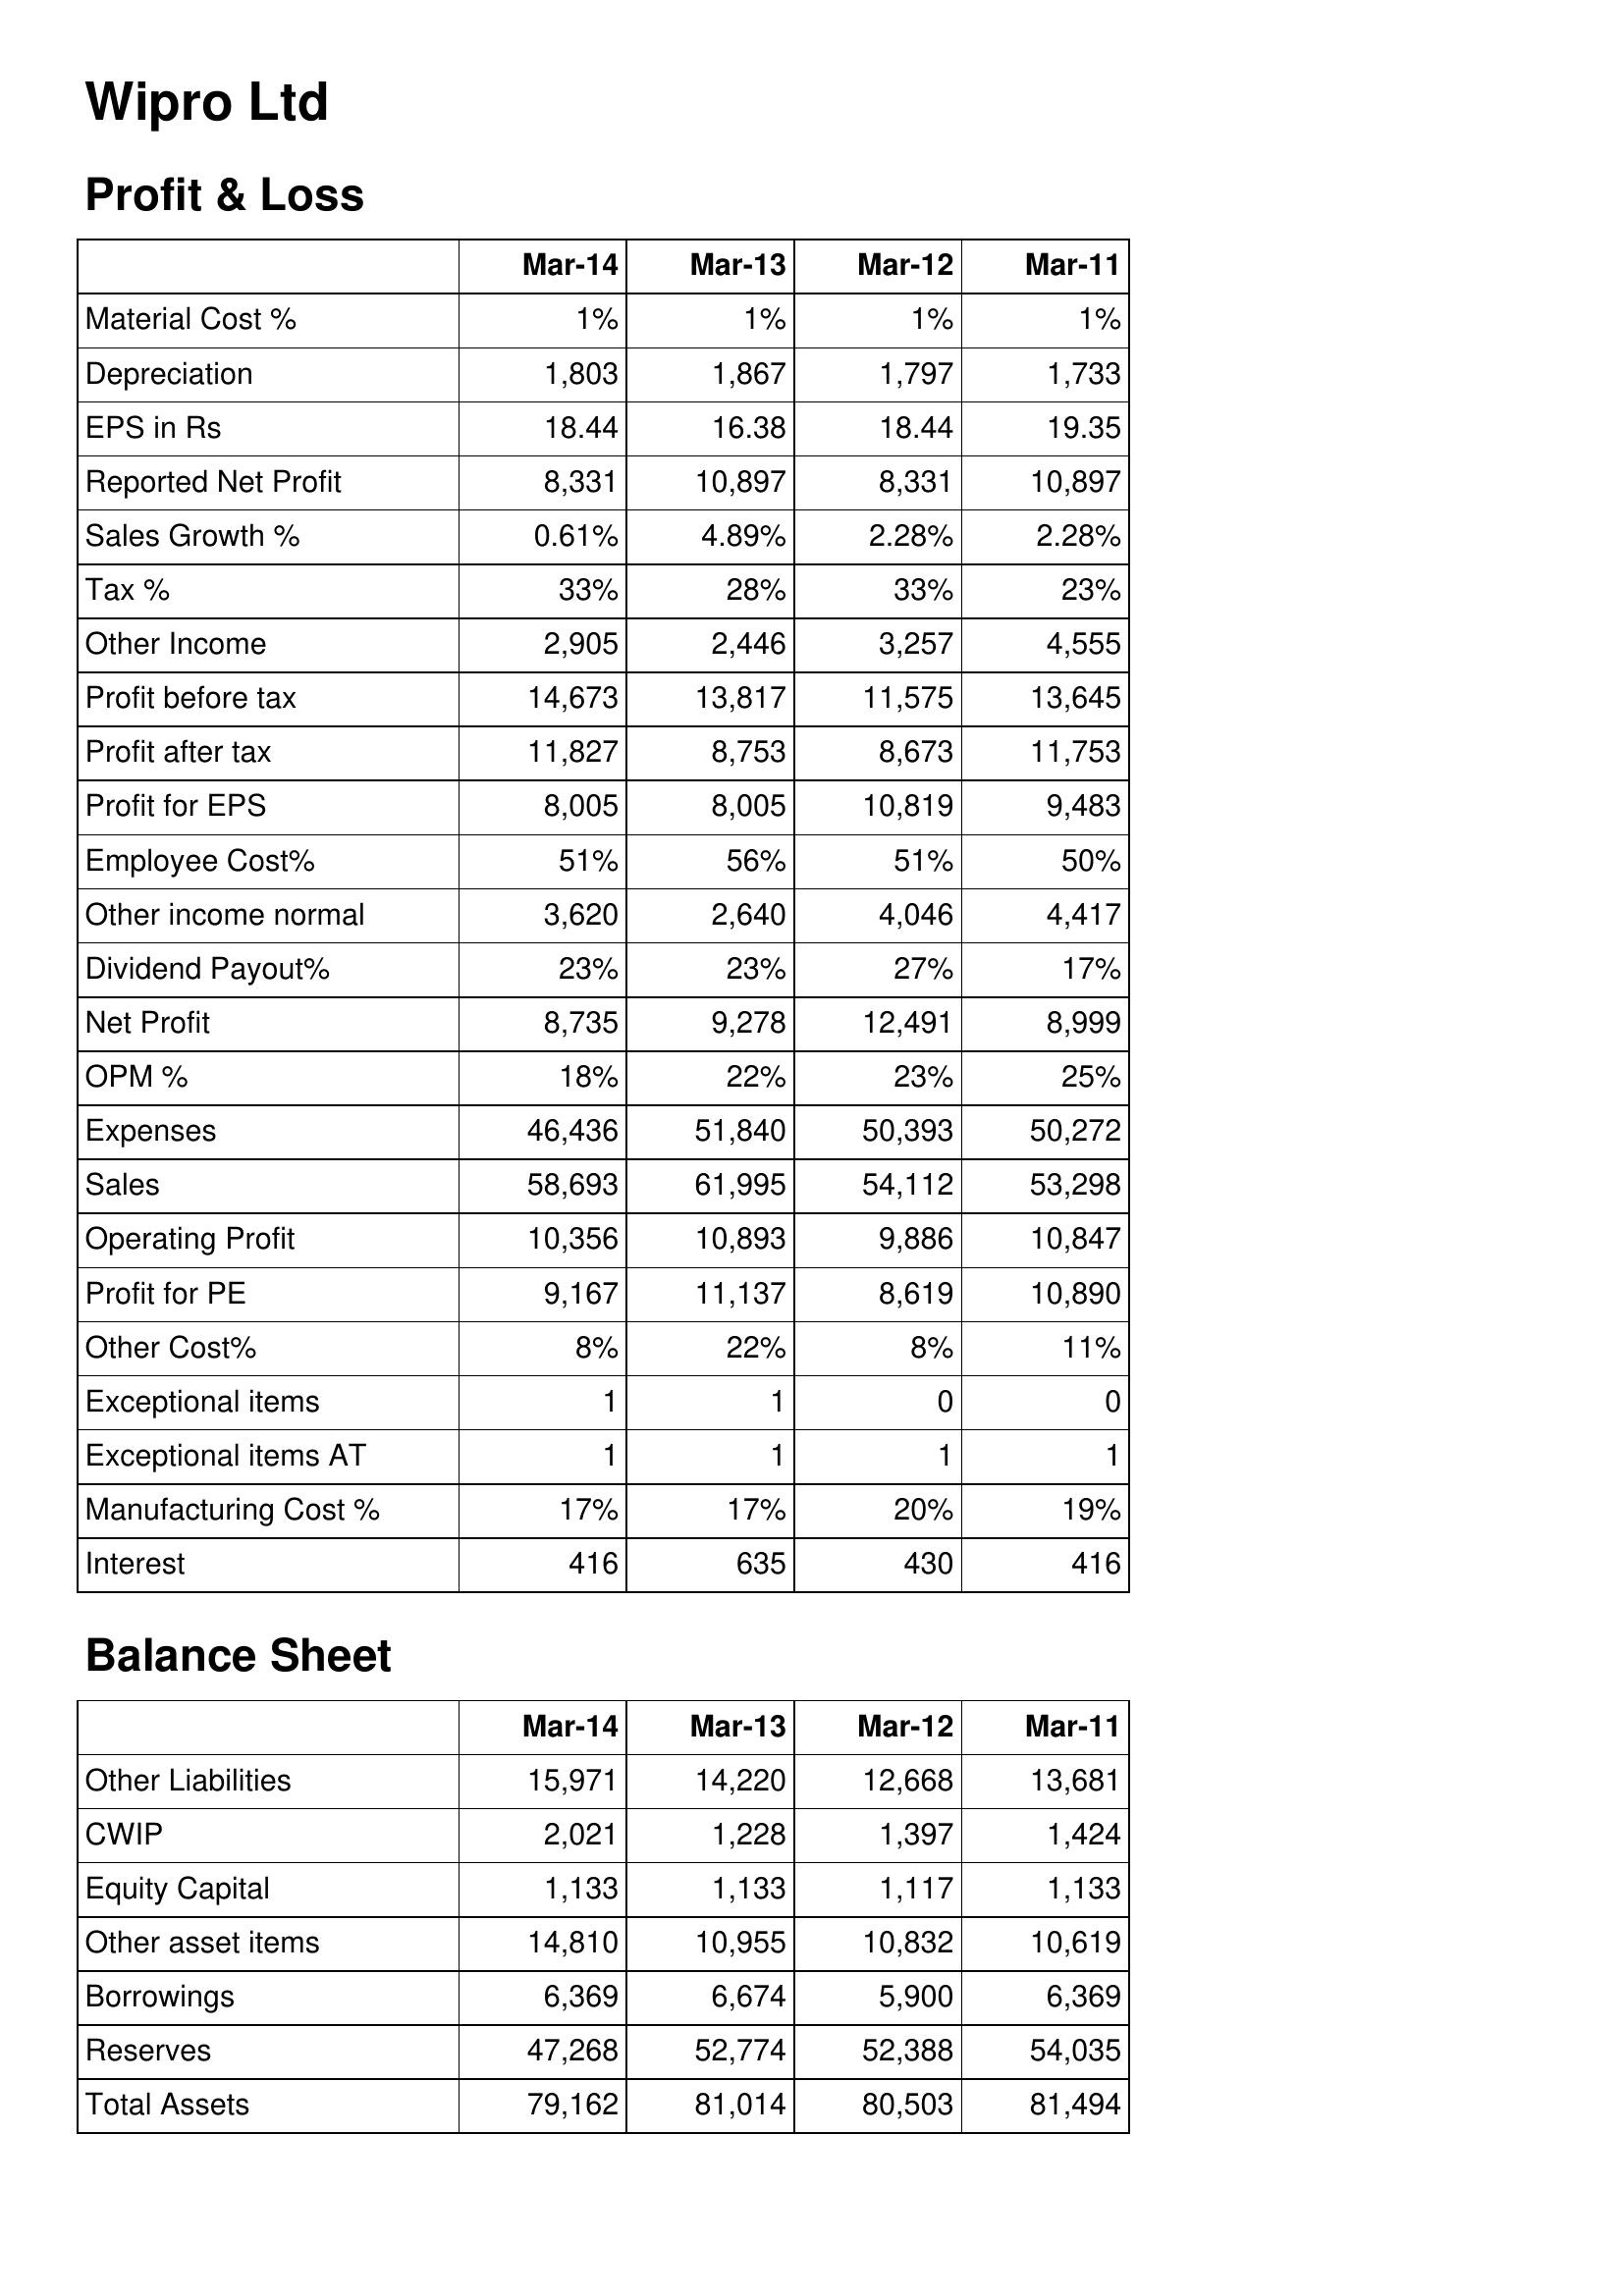
Mar-14: Profit & Loss: Material Cost %: 1%
Depreciation: 1,803
EPS in Rs: 18.44
Reported Net Profit: 8,331
Sales Growth %: 0.61%
Tax %: 33%
Other Income: 2,905
Profit before tax: 14,673
Profit after tax: 11,827
Profit for EPS: 8,005
Employee Cost%: 51%
Other income normal: 3,620
Dividend Payout%: 23%
Net Profit: 8,735
OPM %: 18%
Expenses: 46,436
Sales: 58,693
Operating Profit: 10,356
Profit for PE: 9,167
Other Cost%: 8%
Exceptional items: 1
Exceptional items AT: 1
Manufacturing Cost %: 17%
Interest: 416
Balance Sheet: Other Liabilities: 15,971
CWIP: 2,021
Equity Capital: 1,133
Other asset items: 14,810
Borrowings: 6,369
Reserves: 47,268
Total Assets: 79,162
Mar-13: Profit & Loss: Material Cost %: 1%
Depreciation: 1,867
EPS in Rs: 16.38
Reported Net Profit: 10,897
Sales Growth %: 4.89%
Tax %: 28%
Other Income: 2,446
Profit before tax: 13,817
Profit after tax: 8,753
Profit for EPS: 8,005
Employee Cost%: 56%
Other income normal: 2,640
Dividend Payout%: 23%
Net Profit: 9,278
OPM %: 22%
Expenses: 51,840
Sales: 61,995
Operating Profit: 10,893
Profit for PE: 11,137
Other Cost%: 22%
Exceptional items: 1
Exceptional items AT: 1
Manufacturing Cost %: 17%
Interest: 635
Balance Sheet: Other Liabilities: 14,220
CWIP: 1,228
Equity Capital: 1,133
Other asset items: 10,955
Borrowings: 6,674
Reserves: 52,774
Total Assets: 81,014
Mar-12: Profit & Loss: Material Cost %: 1%
Depreciation: 1,797
EPS in Rs: 18.44
Reported Net Profit: 8,331
Sales Growth %: 2.28%
Tax %: 33%
Other Income: 3,257
Profit before tax: 11,575
Profit after tax: 8,673
Profit for EPS: 10,819
Employee Cost%: 51%
Other income normal: 4,046
Dividend Payout%: 27%
Net Profit: 12,491
OPM %: 23%
Expenses: 50,393
Sales: 54,112
Operating Profit: 9,886
Profit for PE: 8,619
Other Cost%: 8%
Exceptional items: 0
Exceptional items AT: 1
Manufacturing Cost %: 20%
Interest: 430
Balance Sheet: Other Liabilities: 12,668
CWIP: 1,397
Equity Capital: 1,117
Other asset items: 10,832
Borrowings: 5,900
Reserves: 52,388
Total Assets: 80,503
Mar-11: Profit & Loss: Material Cost %: 1%
Depreciation: 1,733
EPS in Rs: 19.35
Reported Net Profit: 10,897
Sales Growth %: 2.28%
Tax %: 23%
Other Income: 4,555
Profit before tax: 13,645
Profit after tax: 11,753
Profit for EPS: 9,483
Employee Cost%: 50%
Other income normal: 4,417
Dividend Payout%: 17%
Net Profit: 8,999
OPM %: 25%
Expenses: 50,272
Sales: 53,298
Operating Profit: 10,847
Profit for PE: 10,890
Other Cost%: 11%
Exceptional items: 0
Exceptional items AT: 1
Manufacturing Cost %: 19%
Interest: 416
Balance Sheet: Other Liabilities: 13,681
CWIP: 1,424
Equity Capital: 1,133
Other asset items: 10,619
Borrowings: 6,369
Reserves: 54,035
Total Assets: 81,494